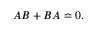
A B + B A \bumpeq 0 .